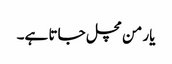
یار من مچل جاتا ہے۔